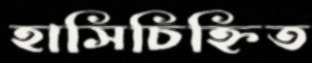
হাসিচিহ্নিত